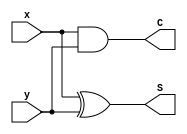
module half_adder(S,C,x,y);
  input x,y;
  output S,C;

   xor(S,x,y);
   and(C,x,y);
endmodule

module full_adder(S,C,x,y,z);
   output S,C;
   input x,y,z;
   wire S1,D1,D2;

   half_adder HA1(S1,D1, x,y);
   half_adder HA2(S, D2, S1,z);
   or G1(C,D2,D1);
endmodule

module ripple_carry_8_bit_adder( S, Cout, A, B, Cin);
   
   input [07:0]A;
   input [07:0]B;
   input Cin;
   output [7:0]S;
   output Cout;

   wire [6:0]C;

   full_adder FA0 (S[0],C[0],A[0],B[0],Cin),
	      FA1 (S[1],C[1],A[1],B[1],C[0]),
              FA2 (S[2],C[2],A[2],B[2],C[1]),
              FA3 (S[3],C[3],A[3],B[3],C[2]),
              FA4 (S[4],C[4],A[4],B[4],C[3]),
              FA5 (S[5],C[5],A[5],B[5],C[4]),
              FA6 (S[6],C[6],A[6],B[6],C[5]),
              FA7 (S[7],Cout,A[7],B[7],C[6]);
endmodule